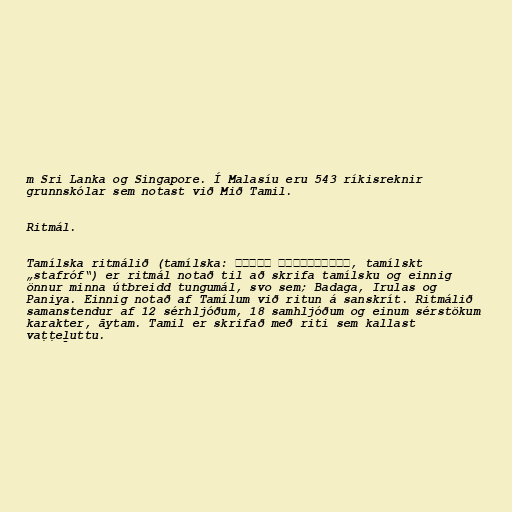
m Sri Lanka og Singapore. Í Malasíu eru 543 ríkisreknir
grunnskólar sem notast við Mið Tamil.

Ritmál.

Tamílska ritmálið (tamílska: தமிழ் அரிச்சுவடி, tamílskt
„stafróf“) er ritmál notað til að skrifa tamílsku og einnig
önnur minna útbreidd tungumál, svo sem; Badaga, Irulas og
Paniya. Einnig notað af Tamílum við ritun á sanskrít. Ritmálið
samanstendur af 12 sérhljóðum, 18 samhljóðum og einum sérstökum
karakter, āytam. Tamil er skrifað með riti sem kallast
vaṭṭeḻuttu.